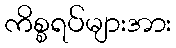
ကိစ္စရပ်များအား